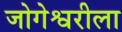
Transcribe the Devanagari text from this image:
जोगेश्वरीला